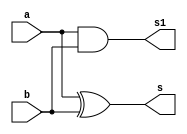
// ---------------------
// Exemplo 05_01- Soma com 3 bits
// Nome: Marcio Santana Correa
// ---------------------

// ---------------------
// -- soma com 3 bits
// ---------------------
module meiasoma(s, s1, a, b);
input a, b;
output s, s1;
xor XOR1 (s,a,b);
and AND1 (s1,a,b);
endmodule//meiasoma
module somacompleta(s2, s4, a, b, c);
input a, b, c;
output  s2, s4;
wire s, s1, s3;
meiasoma MS1 (s, s1, a, b);
meiasoma MS2 (s2, s3, s, c);
or OR1 (s4, s1, s3);
endmodule//somacompleta
// ---------------------
// -- soma com 3 bits
// ---------------------

module testsomacombits;
 reg   a, b, c, d, e ,f;
 wire  s, s1, s2, s3, s4, s5;
          // instancia
meiasoma MS3(s,s1,c,f);

somacompleta SC1(s2, s3, s1, b, e);

somacompleta SC2(s4, s5, s3, a, d);

initial begin: start
a=0; b=0; c=0; d=0; e=0; f=0;
end
 
          // parte principal
 initial begin : main
      $display("Marcio Santana Correa");
      $display("Test Soma com 3 bits ");
      $display("\n abc + def = s\n");
 	   $monitor("%b%b%b + %b%b%b = %b%b%b vai %b", a, b, c, d, e, f, s4, s2, s, s5);
 		#1 a=0; b=0; c=0; d=0; e=0; f=1;
		#1 a=0; b=0; c=0; d=0; e=1; f=0;
		#1 a=0; b=0; c=0; d=0; e=1; f=1;
		#1 a=0; b=0; c=0; d=1; e=0; f=0;
		#1 a=0; b=0; c=0; d=1; e=0; f=1;
		#1 a=0; b=0; c=0; d=1; e=1; f=0;
		#1 a=0; b=0; c=0; d=1; e=1; f=1;
		#1 a=0; b=0; c=1; d=0; e=0; f=0;
		#1 a=0; b=0; c=1; d=0; e=0; f=1;
		#1 a=0; b=0; c=1; d=0; e=1; f=0;
		#1 a=0; b=0; c=1; d=0; e=1; f=1;
		#1 a=0; b=0; c=1; d=1; e=0; f=0;
		#1 a=0; b=0; c=1; d=1; e=0; f=1;
		#1 a=0; b=0; c=1; d=1; e=1; f=0;
		#1 a=0; b=0; c=1; d=1; e=1; f=1;
		#1 a=0; b=1; c=0; d=0; e=0; f=0;
		#1 a=0; b=1; c=0; d=0; e=0; f=1;
		#1 a=0; b=1; c=0; d=0; e=1; f=0;
		#1 a=0; b=1; c=0; d=0; e=1; f=1;
		#1 a=0; b=1; c=0; d=1; e=0; f=0;
		#1 a=0; b=1; c=0; d=1; e=0; f=1;
		#1 a=0; b=1; c=0; d=1; e=1; f=0;
		#1 a=0; b=1; c=0; d=1; e=1; f=1;
		#1 a=0; b=1; c=1; d=0; e=0; f=0;
		#1 a=0; b=1; c=1; d=0; e=0; f=1;
		#1 a=0; b=1; c=1; d=0; e=1; f=0;
		#1 a=0; b=1; c=1; d=0; e=1; f=1;
		#1 a=0; b=1; c=1; d=1; e=0; f=0;
		#1 a=0; b=1; c=1; d=1; e=0; f=1;
		#1 a=0; b=1; c=1; d=1; e=1; f=0;
		#1 a=0; b=1; c=1; d=1; e=1; f=1;
		#1 a=1; b=1; c=0; d=0; e=0; f=0;
		#1 a=1; b=0; c=0; d=0; e=0; f=1;
		#1 a=1; b=0; c=0; d=0; e=1; f=0;
		#1 a=1; b=0; c=0; d=0; e=1; f=1;
		#1 a=1; b=0; c=0; d=1; e=0; f=0;
		#1 a=1; b=0; c=0; d=1; e=0; f=1;
		#1 a=1; b=0; c=0; d=1; e=1; f=0;
		#1 a=1; b=0; c=0; d=1; e=1; f=1;
		#1 a=1; b=0; c=1; d=0; e=0; f=0;
		#1 a=1; b=0; c=1; d=0; e=0; f=1;
		#1 a=1; b=0; c=1; d=0; e=1; f=0;
		#1 a=1; b=0; c=1; d=0; e=1; f=1;
		#1 a=1; b=0; c=1; d=1; e=0; f=0;
		#1 a=1; b=0; c=1; d=1; e=0; f=1;
		#1 a=1; b=0; c=1; d=1; e=1; f=0;
		#1 a=1; b=0; c=1; d=1; e=1; f=1;
		#1 a=1; b=1; c=0; d=0; e=0; f=0;
		#1 a=1; b=1; c=0; d=0; e=0; f=1;
		#1 a=1; b=1; c=0; d=0; e=1; f=0;
		#1 a=1; b=1; c=0; d=0; e=1; f=1;
		#1 a=1; b=1; c=0; d=1; e=0; f=0;
		#1 a=1; b=1; c=0; d=1; e=0; f=1;
		#1 a=1; b=1; c=0; d=1; e=1; f=0;
		#1 a=1; b=1; c=0; d=1; e=1; f=1;
		#1 a=1; b=1; c=1; d=0; e=0; f=0;
		#1 a=1; b=1; c=1; d=0; e=0; f=1;
		#1 a=1; b=1; c=1; d=0; e=1; f=0;
		#1 a=1; b=1; c=1; d=0; e=1; f=1;
		#1 a=1; b=1; c=1; d=1; e=0; f=0;
		#1 a=1; b=1; c=1; d=1; e=0; f=1;
		#1 a=1; b=1; c=1; d=1; e=1; f=0;
		#1 a=1; b=1; c=1; d=1; e=1; f=1;
		
 end

endmodule // testsomacompleta